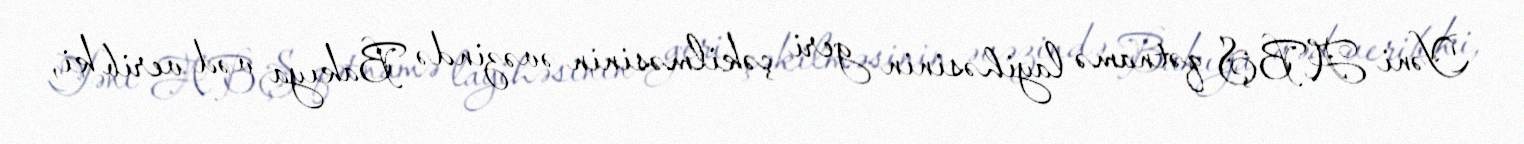
Yəni ABŞ qətnamə layihəsinin geri çəkilməsinin əvəzində Bakıya vəd verib ki,